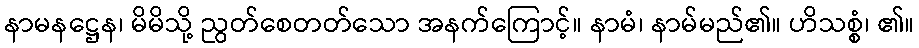
နာမနဋ္ဌေန၊ မိမိသို့ ညွတ်စေတတ်သော အနက်ကြောင့်။ နာမံ၊ နာမ်မည်၏။ ဟိသစ္စံ၊ ၏။